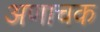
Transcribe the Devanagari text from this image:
अणाचक